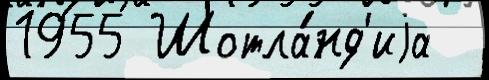
1955 Шотла́нд'иjа